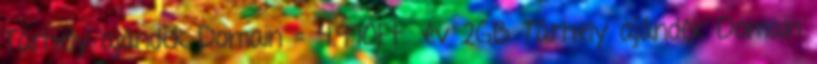
Tárhely ajándék Domain = 4.990Ft év 2GB Tárhely ajándék Domain